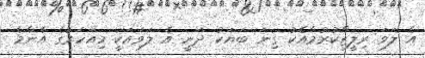
އެ ލަވަ ރިލީޒްކުރުމާއެކު ގިނަ ބަޔަކު ދަނީ އެ ލަވައަކީ މިއަހަރުގެ އެންމެ